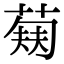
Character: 𬝥